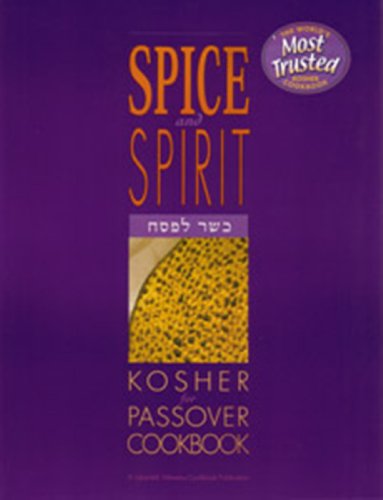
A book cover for The Spice and Spirit Kosher Passover Cookbook; Lubavich Woman's Organization; Cookbooks, Food & Wine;